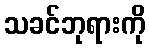
သခင်ဘုရားကို